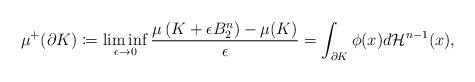
LaTeX: \begin{align*}\mu^+(\partial K)\coloneqq\liminf_{\epsilon\to 0}\frac{\mu\left(K+\epsilon B_2^n\right)-\mu(K)}{\epsilon}=\int_{\partial K}\phi(x)d\mathcal{H}^{n-1}(x),\end{align*}